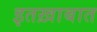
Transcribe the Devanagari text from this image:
इतख़ाबात